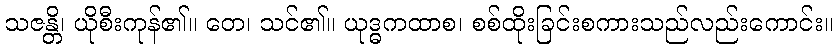
သဇန္တိ၊ ယိုစီးကုန်၏။ တေ၊ သင်၏။ ယုဒ္ဓကထာစ၊ စစ်ထိုးခြင်းစကားသည်လည်းကောင်း။